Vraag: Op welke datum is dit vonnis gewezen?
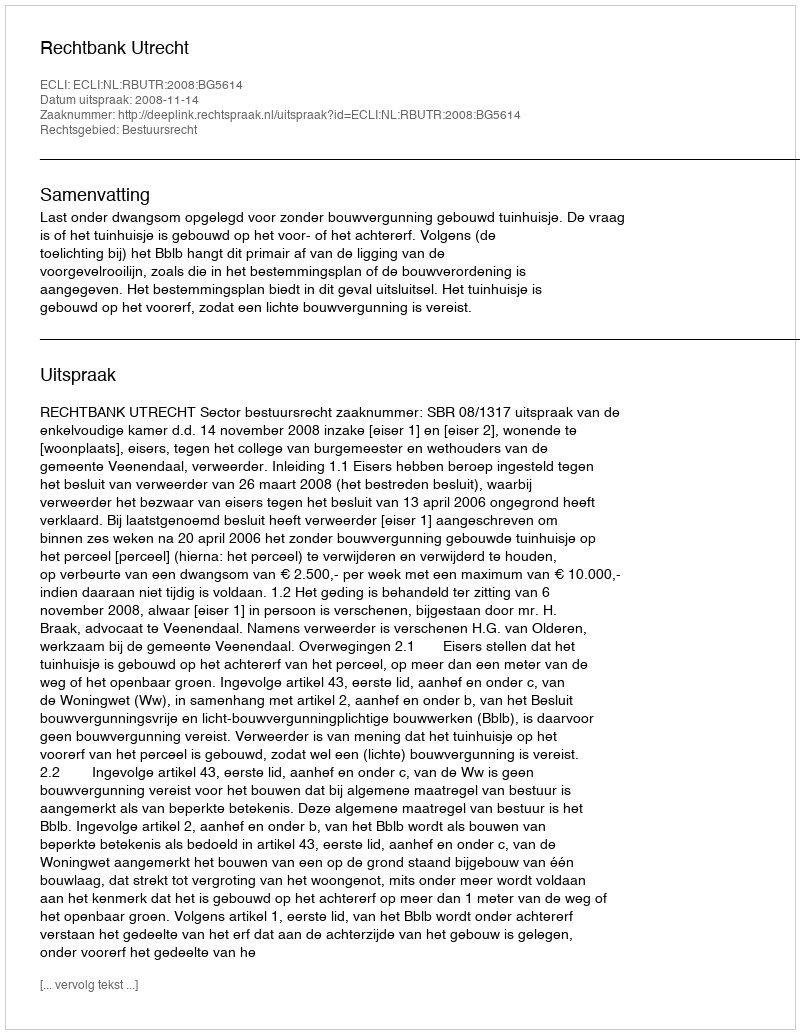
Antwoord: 2008-11-14